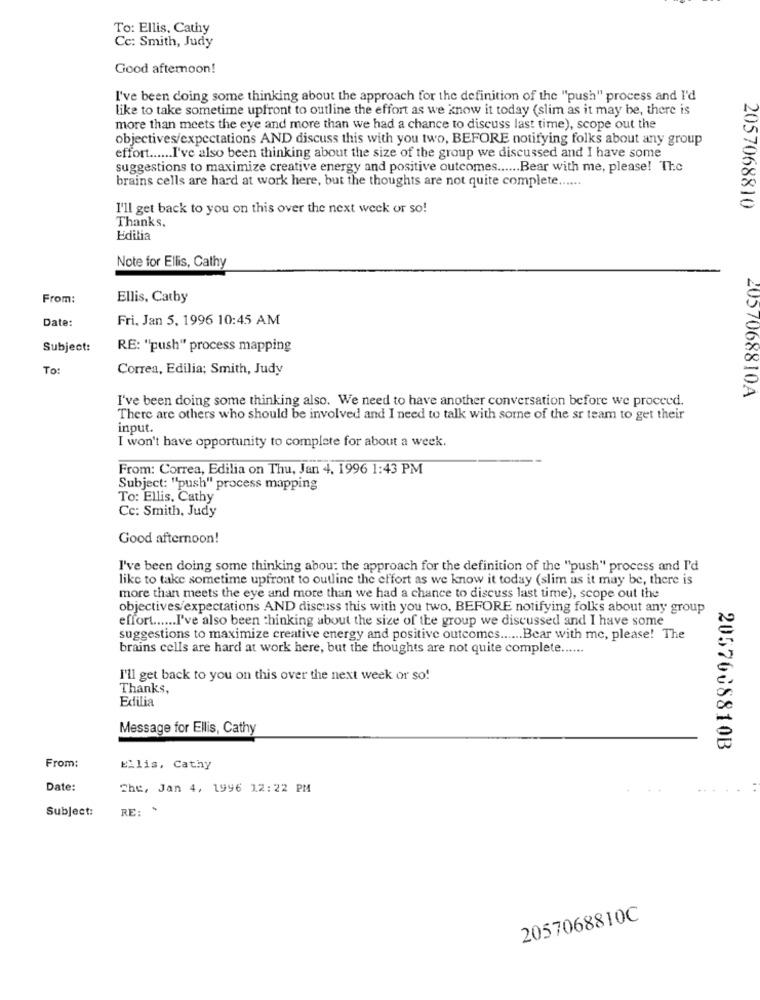
To: Ellis, Cathy
Cc: Smith, Judy
Good afternoon!
I've been doing some thinking about the approach for the definition of the "push" process and I'd
like to take sometime upfront to outline the effort as we know it today (slim as it may be, there is
more than meets the eye and more than we had a chance to discuss last time), scope out the
objectives/expectations AND discuss this with you two, BEFORE notifying folks about any group
effort ...... I've also been thinking about the size of the group we discussed and I have some
suggestions to maximize creative energy and positive outcomes ...... Bear with me, please! The
brains cells are hard at work here, but the thoughts are not quite complete ......
I'll get back to you on this over the next week or so!
2057068810
Thanks.
Edilia
Note for Ellis, Cathy
From:
Ellis, Catby
Date:
Fri. Jan 5, 1996 10:45 AM
Subject:
RE: "push" process mapping
To:
Correa, Edilia; Smith, Judy
2057068810A
I've been doing some thinking also. We need to have another conversation before we proceed.
There are others who should be involved and I need to talk with some of the sr team to get their
input.
I won't have opportunity to complete for about a week.
From: Correa, Edilia on Thu, Jan 4, 1996 1:43 PM
Subject: "push" process mapping
To: Ellis, Cathy
Cc: Smith, Judy
Good afternoon!
I've been doing some thinking abou: the approach for the definition of the "push" process and I'd
like to take sometime upfront to outline the effort as we know it today (slim as it may be, there is
more than meets the eye and more than we had a chance to discuss last time), scope out the
objectives/expectations AND discuss this with you two, BEFORE notifying folks about any group
effort ...... I've also been thinking about the size of the group we discussed and I have some
suggestions to maximize creative energy and positive outcomes ...... Bear with me, please! The
brains cells are hard at work here, but the thoughts are not quite complete ......
I'll get back to you on this over the next week or so!
Thanks,
Edilia
Message for Ellis, Cathy
2057608810B
From:
Ellis, Cathy
Date:
Che, Jan 4, 1996 12:22 PM
Subject:
RE: '
2057068810C